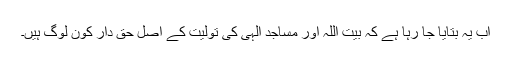
اب یہ بتایا جا رہا ہے کہ بیت اللہ اور مساجد الٰہی کی تولیت کے اصل حق دار کون لوگ ہیں۔